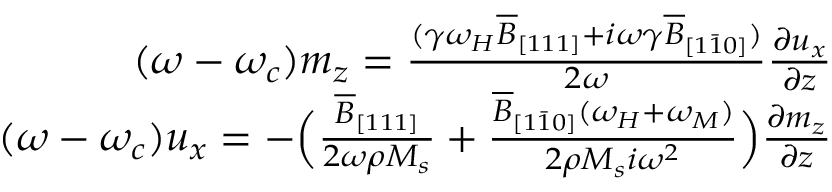
\begin{array} { r } { ( \omega - \omega _ { c } ) m _ { z } = \frac { ( \gamma \omega _ { H } \overline { { B } } _ { [ 1 1 1 ] } + i \omega \gamma \overline { { B } } _ { [ 1 \bar { 1 } 0 ] } ) } { 2 \omega } \frac { \partial u _ { x } } { \partial z } } \\ { ( \omega - \omega _ { c } ) u _ { x } = - \Big ( \frac { \overline { { B } } _ { [ 1 1 1 ] } } { 2 \omega \rho M _ { s } } + \frac { \overline { { B } } _ { [ 1 \bar { 1 } 0 ] } ( \omega _ { H } + \omega _ { M } ) } { 2 \rho M _ { s } i \omega ^ { 2 } } \Big ) \frac { \partial m _ { z } } { \partial z } } \end{array}